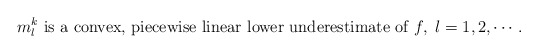
\begin{align*}m^k_l \textrm{ is a convex, piecewise linear lower underestimate of }f ,\ l=1,2,\cdots.\end{align*}